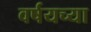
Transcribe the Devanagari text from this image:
वर्षयच्या